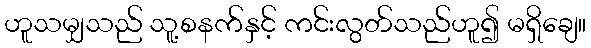
ဟူသမျှသည် သူ့စနက်နှင့် ကင်းလွတ်သည်ဟူ၍ မရှိချေ။